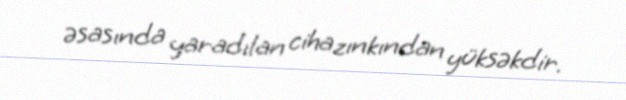
əsasında yaradılan cihazınkından yüksəkdir.